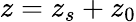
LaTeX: z=z_{s}+z_{0}